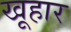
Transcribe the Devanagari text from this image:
खूहार